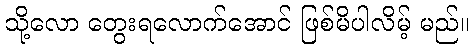
သို့လော တွေးရလောက်အောင် ဖြစ်မိပါလိမ့် မည်။